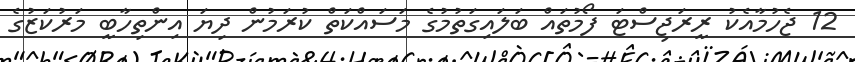
12 ޖެހުމާއެކު ރީރަޖިސްޓަ ފޯމުތައް ބަލައިގަތުމުގެ މަސައްކަތް ކުރަމުން ދިޔަ އިންތިހާބީ މަރުކަޒުގެ